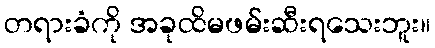
တရားခံကို အခုထိမဖမ်းဆီးရသေးဘူး။